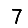
Digit: 7